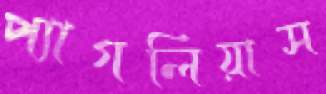
প্যাগলিয়াস